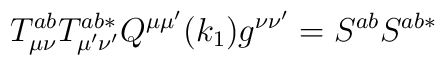
T_{\mu \nu }^{ab}T_{\mu ^{\prime }\nu ^{\prime }}^{ab*}Q^{\mu \mu ^{\prime}}(k_1)g^{\nu \nu ^{\prime }}=S^{ab}S^{ab*}